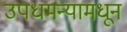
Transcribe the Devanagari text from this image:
उपधमन्यामधून